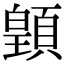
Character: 𩔇